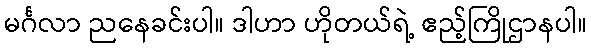
မင်္ဂလာ ညနေခင်းပါ။ ဒါဟာ ဟိုတယ်ရဲ့ ဧည့်ကြိုဌာနပါ။